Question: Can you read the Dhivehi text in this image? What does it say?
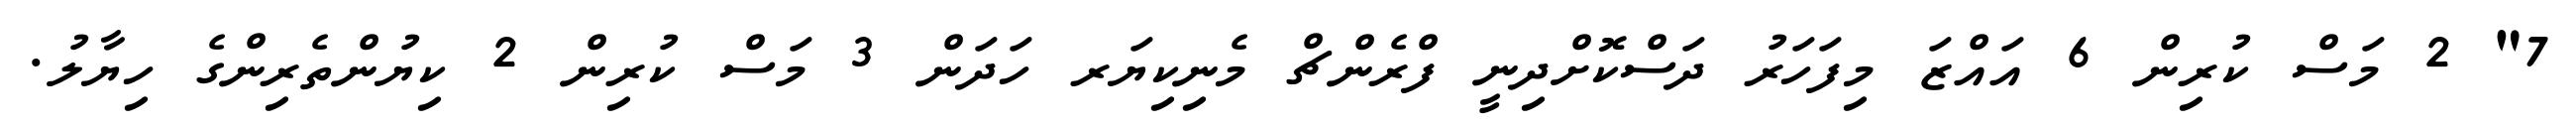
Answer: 7" 2 މަސް ކުރިން 6 އައްޒަ މިފަހަރު ދަސްކޮށްދިނީ ފްރެންޗް މެނިކިޔަރ ހަދަން 3 މަސް ކުރިން 2 ކިޔުންތެރިންގެ ހިޔާލު.